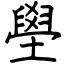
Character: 壆